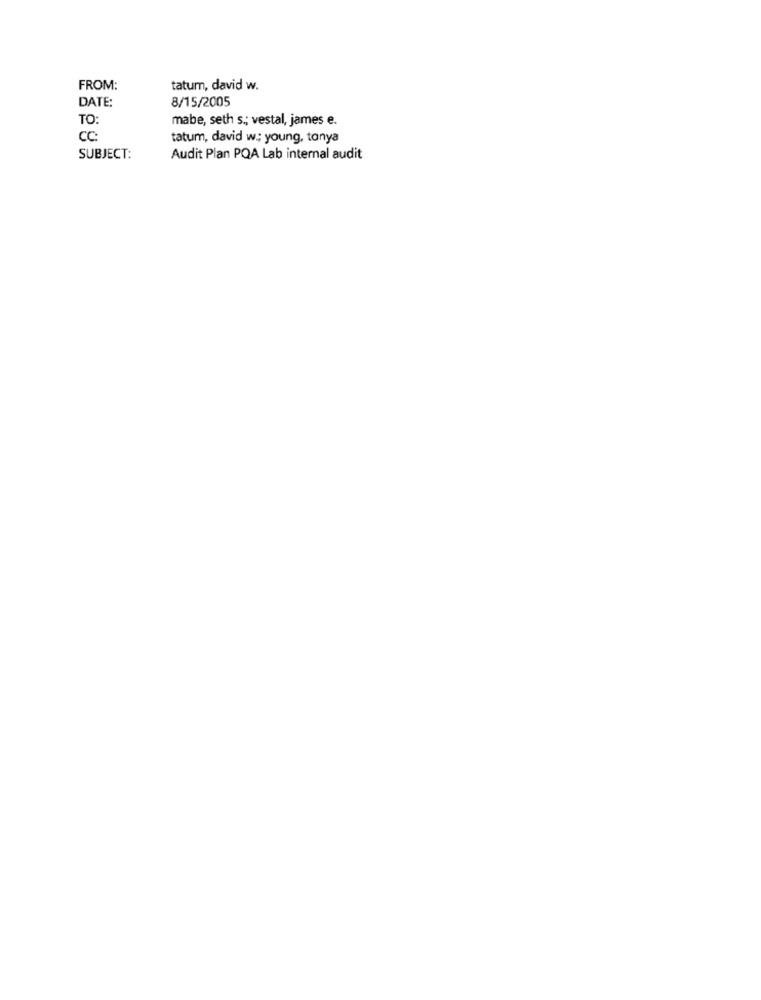
FROM:
tatum, david w.
DATE:
8/15/2005
TO:
mabe, seth s .; vestal, james e.
CC:
tatum, david w .; young, tonya
SUBJECT:
Audit Plan PQA Lab internal audit